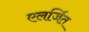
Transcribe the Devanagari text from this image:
एलर्जित